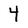
Character: 4